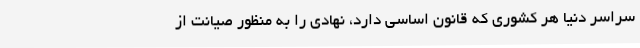
سراسر دنیا هر کشوری که قانون اساسی دارد، نهادی را به منظور صیانت از